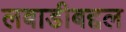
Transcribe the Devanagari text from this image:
लबाडीबद्दल